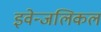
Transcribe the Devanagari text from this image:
इवेन्जलिकल